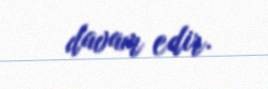
davam edir.